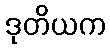
ဒုတိယက